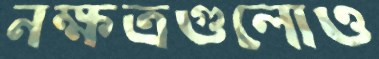
নক্ষত্রগুলোও